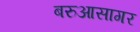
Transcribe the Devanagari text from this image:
बरुआसागर